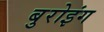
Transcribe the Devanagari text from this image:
बुरोइंग